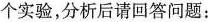
个实验，分析后请回答问题：